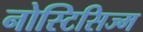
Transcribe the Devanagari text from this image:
नोस्टिसिज्म